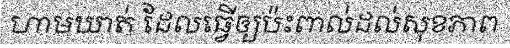
ហាមឃាត់ ដែលធ្វើឲ្យប៉ះពាល់ដល់សុខភាព